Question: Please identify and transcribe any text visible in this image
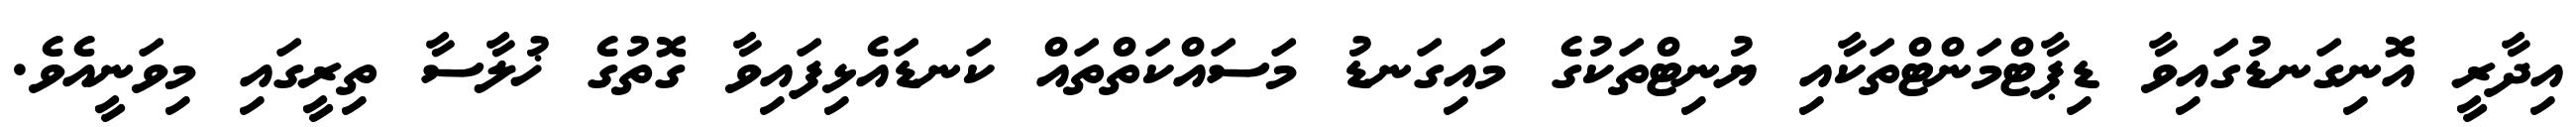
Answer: އިދާރީ އޮނިގަނޑުގައިވާ ޑިޕާޓްމަންޓްތަކާއި ޔުނިޓްތަކުގެ މައިގަނޑު މަސައްކަތްތައް ކަނޑައެޅިފައިވާ ގޮތުގެ ޚުލާސާ ތިރީގައި މިވަނީއެވެ.